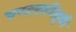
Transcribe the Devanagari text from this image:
चण्डालभिक्षुकी